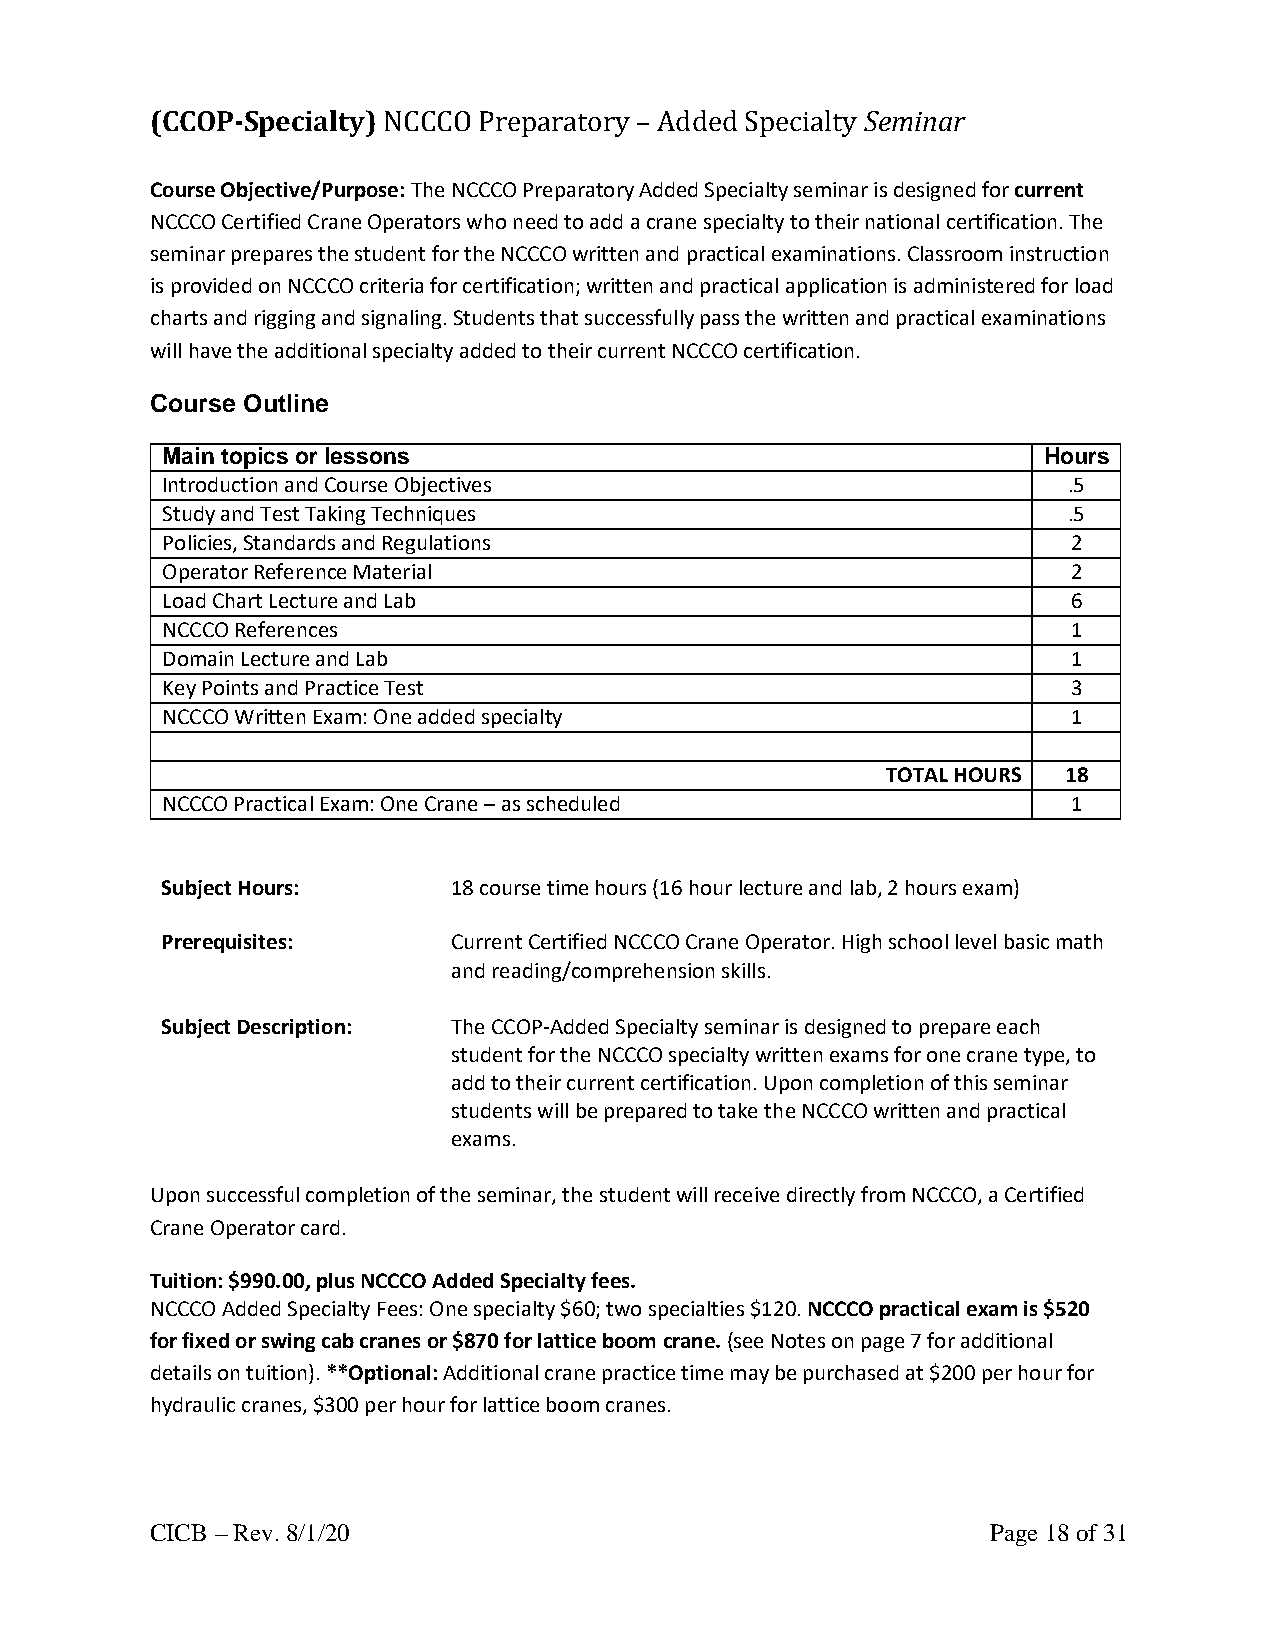
(CCOP-Specialty) NCCCO Preparatory – Added Specialty Seminar
 Course Objective/Purpose: The NCCCO Preparatory Added Specialty seminar is designed for current
 NCCCO Certified Crane Operators who need to add a crane specialty to their national certification. The
 seminar prepares the student for the NCCCO written and practical examinations. Classroom instruction
 is provided on NCCCO criteria for certification; written and practical application is administered for load
 charts and rigging and signaling. Students that successfully pass the written and practical examinations
 will have the additional specialty added to their current NCCCO certification.
 Course Outline
 Main topics or lessons                                    Hours
 Introduction and Course Objectives                          .5
 Study and Test Taking Techniques                            .5
 Policies, Standards and Regulations                         2
 Operator Reference Material                                 2
 Load Chart Lecture and Lab                                  6
 NCCCO References                                            1
 Domain Lecture and Lab                                      1
 Key Points and Practice Test                                3
 NCCCO Written Exam: One added specialty                     1
 TOTAL HOURS 18
 NCCCO Practical Exam: One Crane – as scheduled              1
 Subject Hours:     18 course time hours (16 hour lecture and lab, 2 hours exam)
 Prerequisites:     Current Certified NCCCO Crane Operator. High school level basic math
 and reading/comprehension skills.
 Subject Description: The CCOP-Added Specialty seminar is designed to prepare each
 student for the NCCCO specialty written exams for one crane type, to
 add to their current certification. Upon completion of this seminar
 students will be prepared to take the NCCCO written and practical
 exams.
 Upon successful completion of the seminar, the student will receive directly from NCCCO, a Certified
 Crane Operator card.
 Tuition: $990.00, plus NCCCO Added Specialty fees.
 NCCCO Added Specialty Fees: One specialty $60; two specialties $120. NCCCO practical exam is $520
 for fixed or swing cab cranes or $870 for lattice boom crane. (see Notes on page 7 for additional
 details on tuition). **Optional: Additional crane practice time may be purchased at $200 per hour for
 hydraulic cranes, $300 per hour for lattice boom cranes.
 CICB – Rev. 8/1/20                                      Page 18 of 31